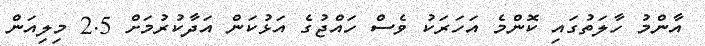
އާންމު ހާލަތުގައި ކޮންމެ އަހަރަކު ވެސް ހައްޖުގެ އަޅުކަން އަދާކުރުމަށް 2.5 މިލިއަން